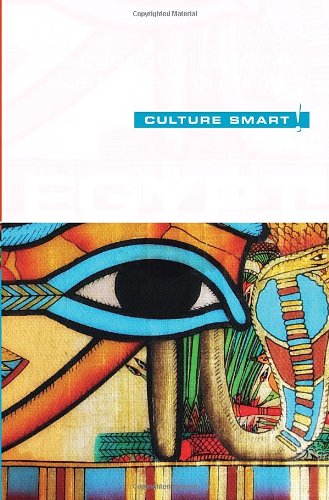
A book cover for Egypt - Culture Smart!: The Essential Guide to Customs & Culture; Jailan Zayan; Business & Money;